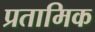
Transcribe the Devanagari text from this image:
प्रतामिक